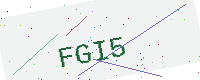
Text: FGI5